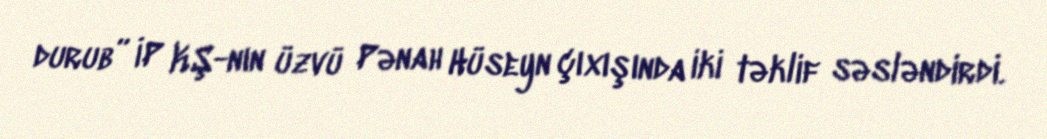
durub” İP KŞ-nın üzvü Pənah Hüseyn çıxışında iki təklif səsləndirdi.